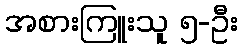
အစားကြူးသူ ၅-ဦး